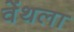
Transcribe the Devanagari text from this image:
वेंथला